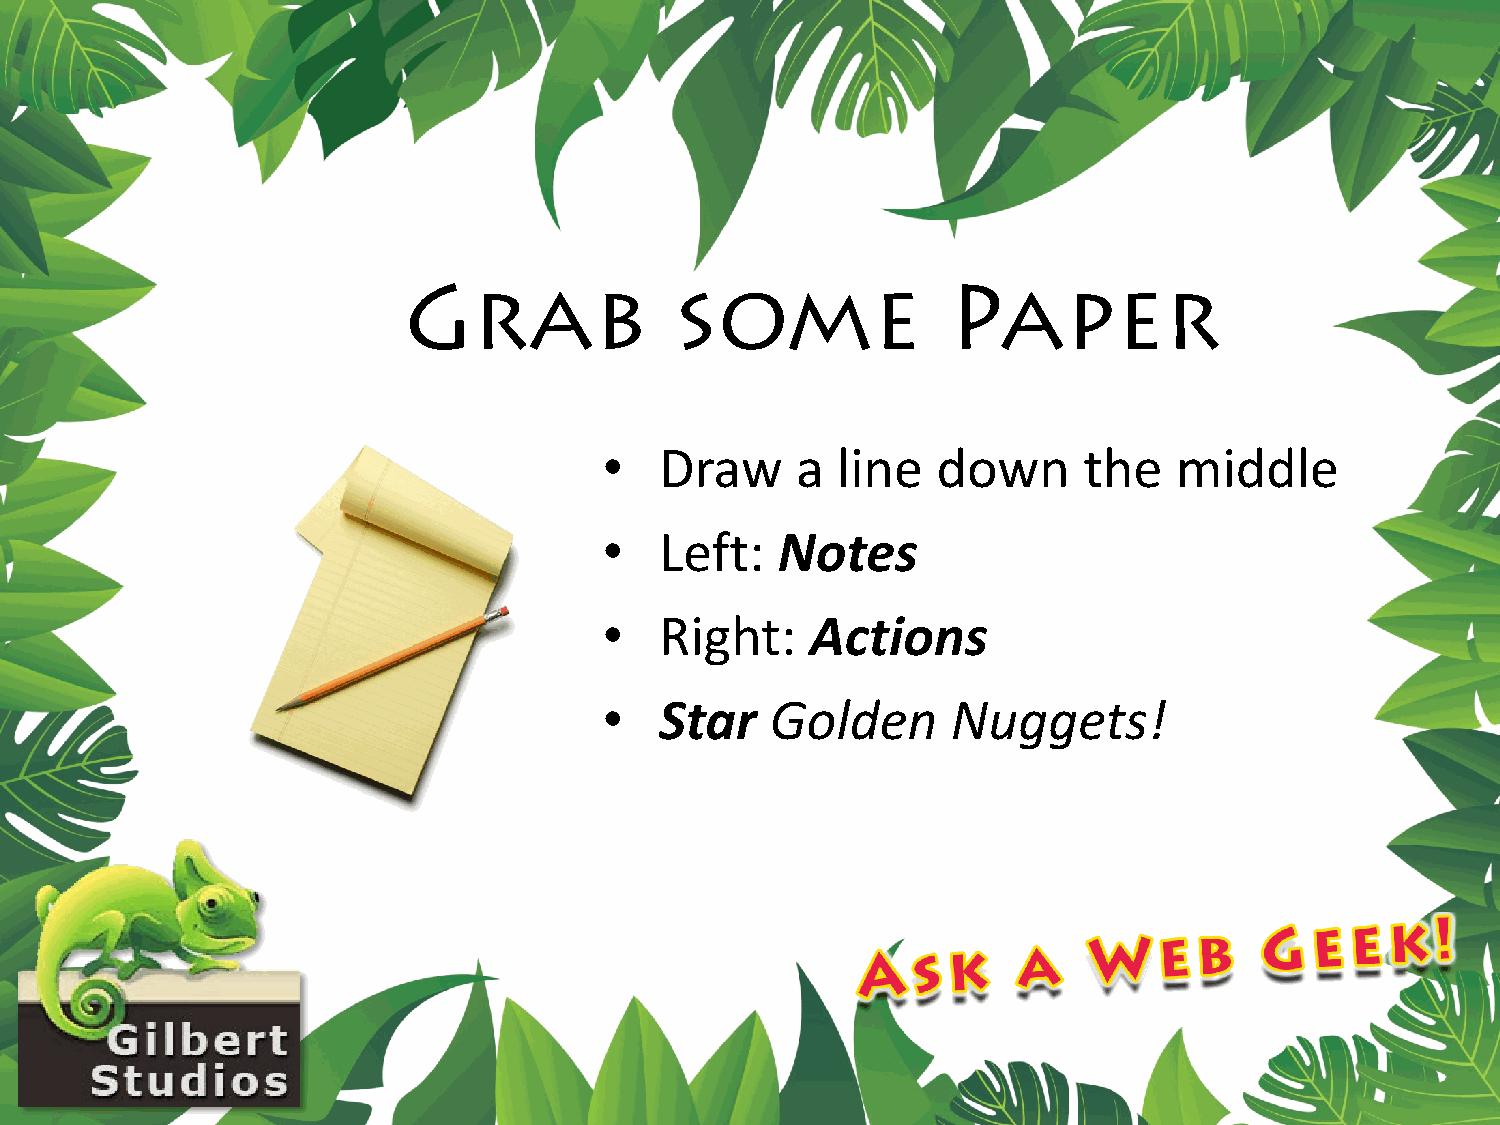
Grab              some              Paper
 •   Draw     a line   down      the   middle
 •   Left:  Notes
 •   Right:    Actions
 •   Star   Golden      Nuggets!